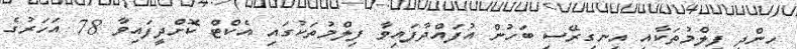
ހިންދީ ފިލްމުތަކާއި އިނގިރޭސި ބަހުން އުފައްދާފައިވާ ފިލްމުތަކުގައި އެކްޓް ކޮށްދީފައިވާ 78 އަހަރުގެ